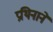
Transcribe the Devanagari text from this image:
प्रथिनाने